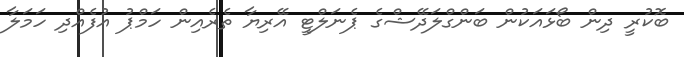
ބޮކުރީ ދިން ބޯޅައަކުން ބަންގްލަދޭޝްގެ ޕެނަލްޓީ އޭރިޔާ ތެރެއިން ހަމްޕު އުފެއްދި ހަމަލާ